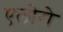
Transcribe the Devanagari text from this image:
एलोरो